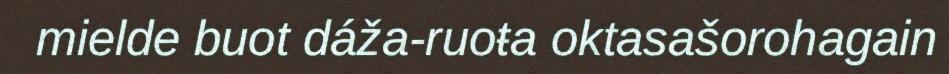
mielde buot dáža-ruoŧa oktasašorohagain